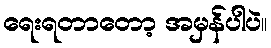
ရေးရတာတော့ အမှန်ပါပဲ။